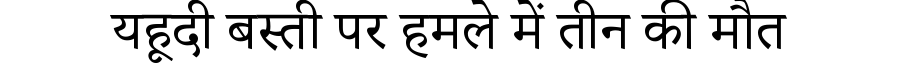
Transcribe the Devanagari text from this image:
यहूदी बस्ती पर हमले में तीन की मौत